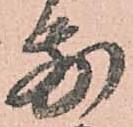
前